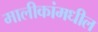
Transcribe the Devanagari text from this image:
मालीकांमधील